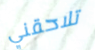
تلاحقني